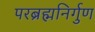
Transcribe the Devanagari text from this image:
परब्रह्मनिर्गुण